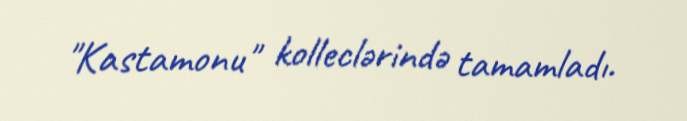
"Kastamonu" kolleclərində tamamladı.